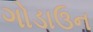
ગોડાઉન